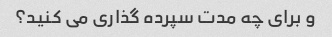
و برای چه مدت سپرده گذاری می کنید؟